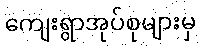
ကျေးရွာအုပ်စုများမှ